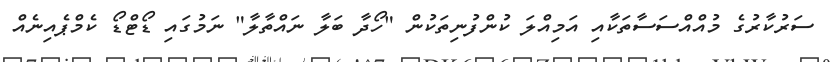
ސަރުކާރުގެ މުއްއްސަސާތަކާއި އަމިއްލަ ކުންފުނިތަކުން "ހޯދާ ބަލާ ނައްތާލާ" ނަމުގައި ޑޯޓްޑޯ ކެމްޕެއިނެއް